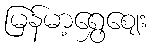
မြန်မာ့ရွှေဈေး